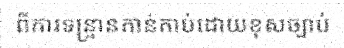
ពីការទន្ទ្រានកាន់កាប់ដោយខុសច្បាប់